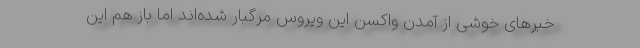
خبرهای خوشی از آمدن واکسن این ویروس مرگبار شده‌اند اما باز هم این